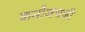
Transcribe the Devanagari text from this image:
कनौजचाही